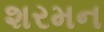
શરમન